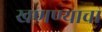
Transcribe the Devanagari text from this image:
खणण्याचा